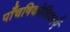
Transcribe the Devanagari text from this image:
पाँचषिकोशिकाएँ